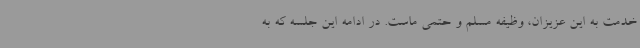
خدمت به این عزیزان، وظیفه مسلم و حتمی ماست. در ادامه این جلسه که به